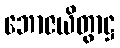
ဘောဇယိတွာဋ္ဌ